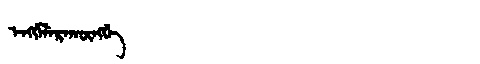
Manchu: ᡝᠩᡤᡝᠯᡝᡵᠠᡴᡡᠩᡤᡝ
Romanization: ENGGELERAKŪNGGE